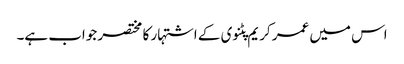
اس میں عمر کریم پٹنوی کے اشتہار کا مختصر جواب ہے۔